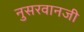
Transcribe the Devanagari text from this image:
नुसरवानजी